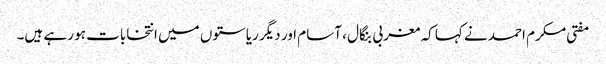
مفتی مکرم احمد نے کہا کہ مغربی بنگال ، آسام اور دیگر ریاستوں میں انتخابات ہو رہے ہیں۔